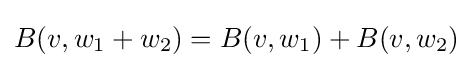
B(v,w_{1}+w_{2})=B(v,w_{1})+B(v,w_{2})